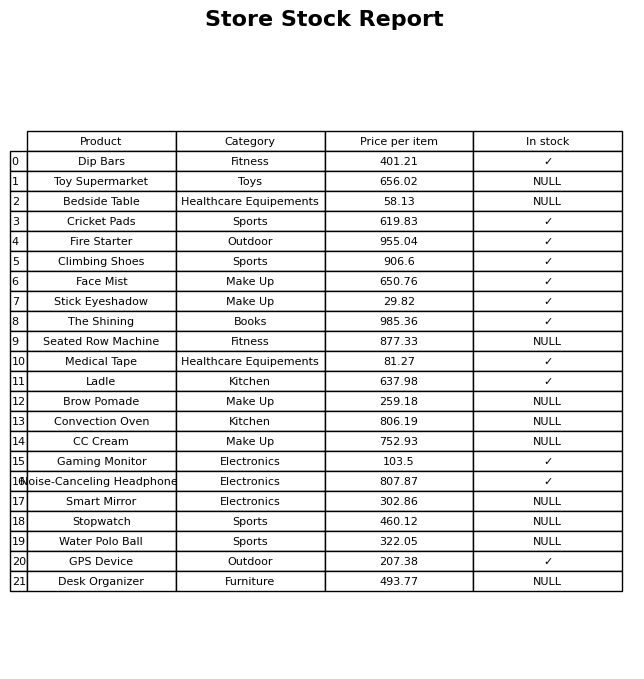
question: Which products are currently out of stock?
answer: Toy Supermarket, Bedside Table, Seated Row Machine, Brow Pomade, Convection Oven, CC Cream, Smart Mirror, Stopwatch, Water Polo Ball, Desk Organizer